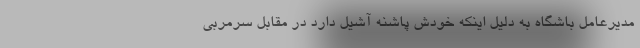
مدیرعامل باشگاه به دلیل اینکه خودش پاشنه آشیل دارد در مقابل سرمربی